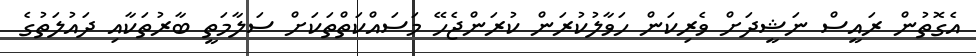
އެގޮތުން ރައީސް ނަޝީދަށް ވެރިކަން ހަވާލުކުރަން ކުރަންޖެހޭ މަސައްކަތްތަކަށް ސަލާމަތީ ބާރުތަކާއި ދައުލަތުގެ